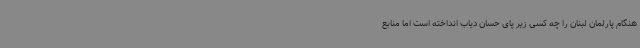
هنگام پارلمان لبنان را چه کسی زیر پای حسان دیاب انداخته است اما منابع